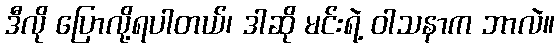
ဒီလို ပြောလို့ရပါတယ်၊ ဒါဆို မင်းရဲ့ ဝါသနာက ဘာလဲ။